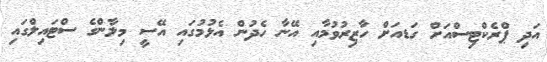
އަދި ޕްރެކްޓިސްއަށް ގަޑއަށް ހާޒިރުވުމާއި އޭނާ ހެދުން އެޅުމުގައި އޭސީ މިލާންގެ ސްޓައިލްގައި